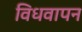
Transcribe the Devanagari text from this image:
विधवापन